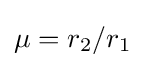
\mu =r_{2}/r_{1}